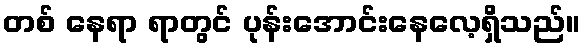
တစ် နေရာ ရာတွင် ပုန်းအောင်းနေလေ့ရှိသည်။